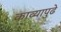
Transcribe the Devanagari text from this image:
काव्यापुढे